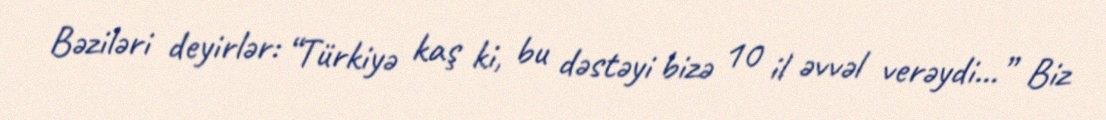
Bəziləri deyirlər: “Türkiyə kaş ki, bu dəstəyi bizə 10 il əvvəl verəydi...” Biz